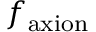
f _ { \mathrm { a x i o n } }